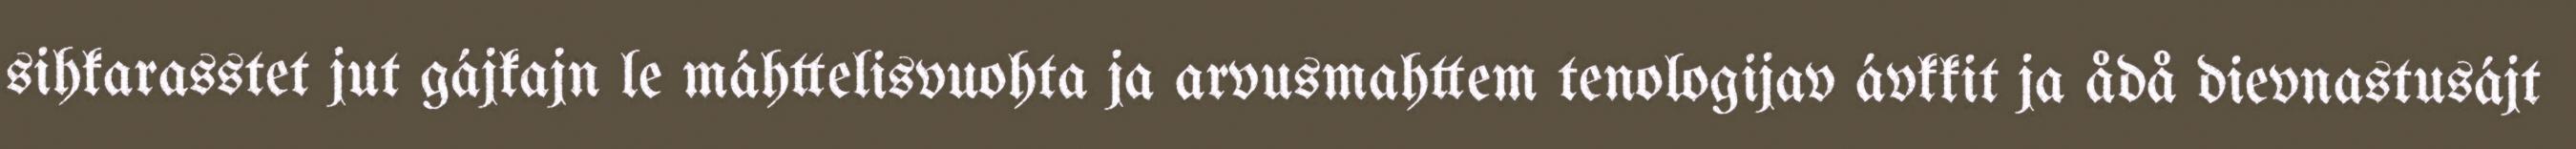
sihkarasstet jut gájkajn le máhttelisvuohta ja arvusmahttem tenologijav ávkkit ja ådå dievnastusájt